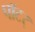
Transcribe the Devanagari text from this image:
पॉटर्